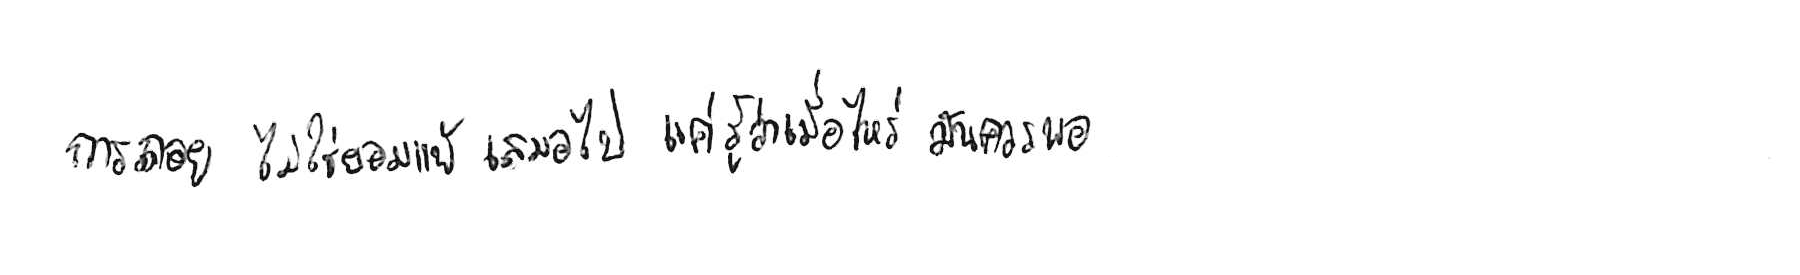
การถอย ไม่ใช่ยอมแพ้ เสมอไป แค่รู้ว่าเมื่อไหร่ มันควรพอ